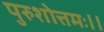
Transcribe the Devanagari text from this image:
पुरुशोत्तमः।।